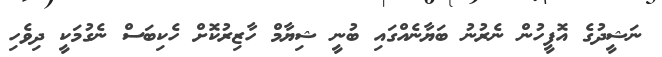
ނަޝީދުގެ އޮފީހުން ނެރުނު ބަޔާނެއްގައި ބުނީ ޝިޔާމް ހާޒިރުކޮށް ހެކިބަސް ނެގުމަކީ ދިވެހި